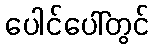
ပေါင်ပေါ်တွင်